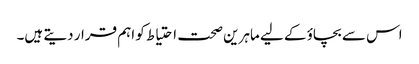
اس سے بچاؤ کے لیے ماہرین صحت احتیاط کو اہم قرار دیتے ہیں۔